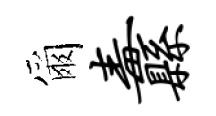
爾纛